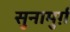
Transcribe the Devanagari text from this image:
सुनामुर्ग़